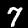
Digit: 7